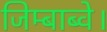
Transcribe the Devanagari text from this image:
जिम्बाब्वे।